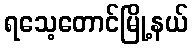
ရသေ့တောင်မြို့နယ်